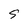
Character: S